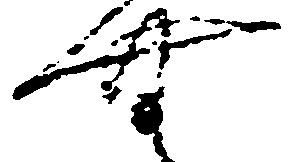
無